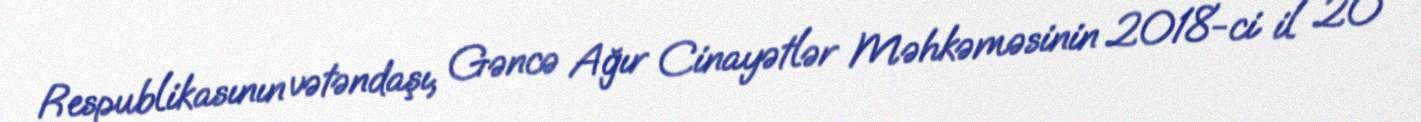
Respublikasının vətəndaşı, Gəncə Ağır Cinayətlər Məhkəməsinin 2018-ci il 20